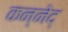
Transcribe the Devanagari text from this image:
कन्नेद्